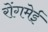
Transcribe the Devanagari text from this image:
रोंगमेई